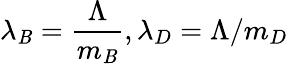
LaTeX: \lambda_{\mathit{B}}=\frac{\Lambda}{{m_{\mathit{B}}}},\lambda_{D}=\Lambda/m_{D}